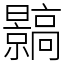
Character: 䯫